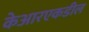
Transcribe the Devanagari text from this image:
केआरएकडील